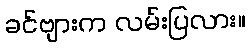
ခင်ဗျားက လမ်းပြလား။